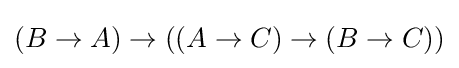
(B\to A)\to ((A\to C)\to (B\to C))